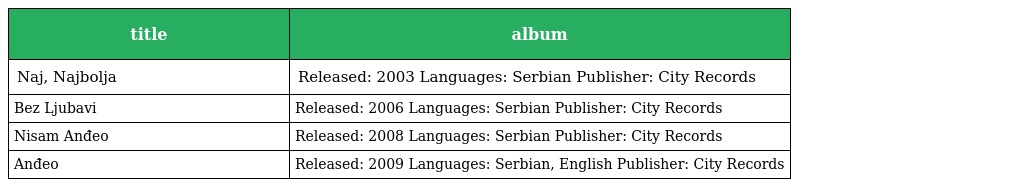
| title | album |
 | --- | --- |
 | Naj, Najbolja | Released: 2003 Languages: Serbian Publisher: City Records |
 | Bez Ljubavi | Released: 2006 Languages: Serbian Publisher: City Records |
 | Nisam Anđeo | Released: 2008 Languages: Serbian Publisher: City Records |
 | Anđeo | Released: 2009 Languages: Serbian, English Publisher: City Records |